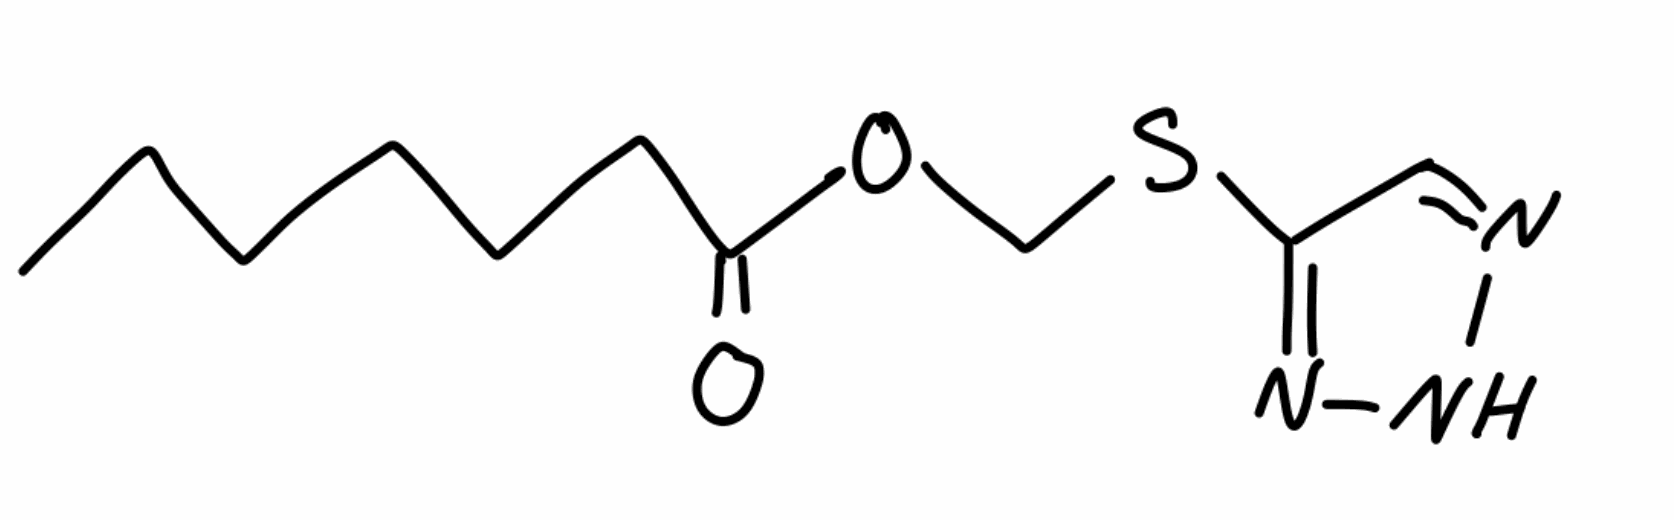
Simplified molecular-input line-entry system (SMILES) notation of the given molecule:
CCCCCCC(=O)OCSC1=NNN=C1